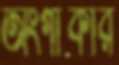
অংগীকার